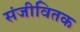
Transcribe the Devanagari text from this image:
संजीवितक